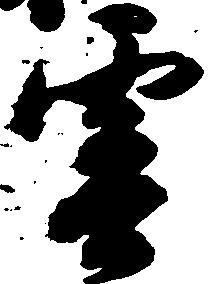
雲